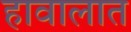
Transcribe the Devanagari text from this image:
हावालात